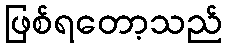
ဖြစ်ရတော့သည်